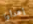
إهدأوا